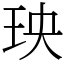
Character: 𤤠